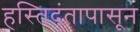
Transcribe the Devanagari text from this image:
हस्तिदंतापासून